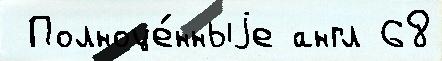
 Полноце́нныjе англ 68